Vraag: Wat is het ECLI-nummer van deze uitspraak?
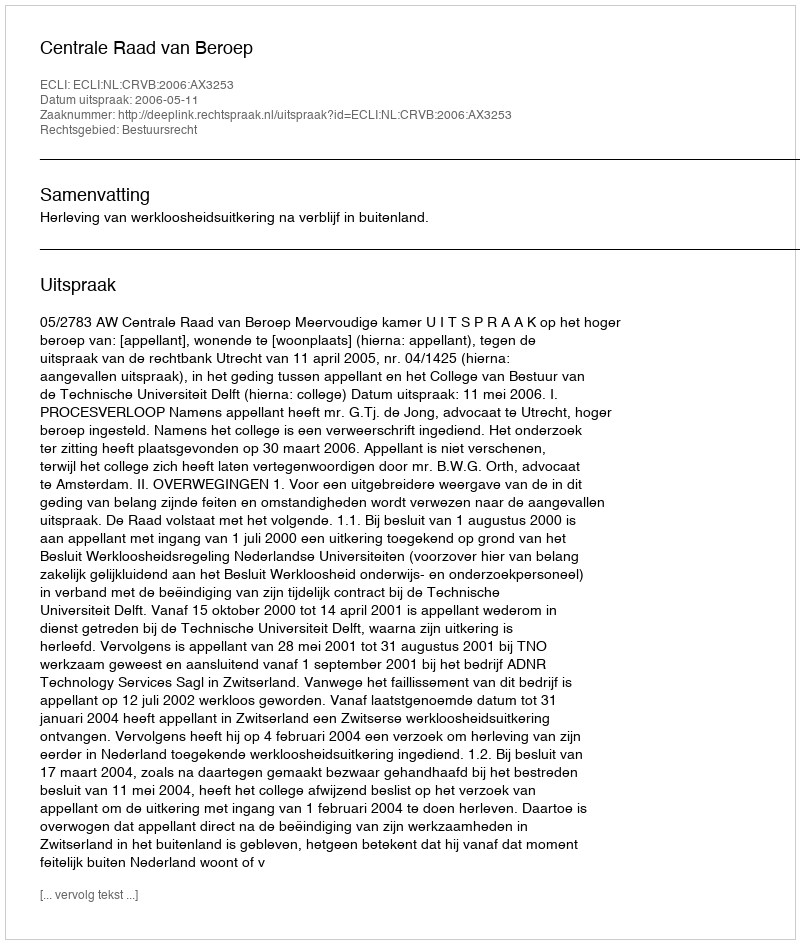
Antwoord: ECLI:NL:CRVB:2006:AX3253